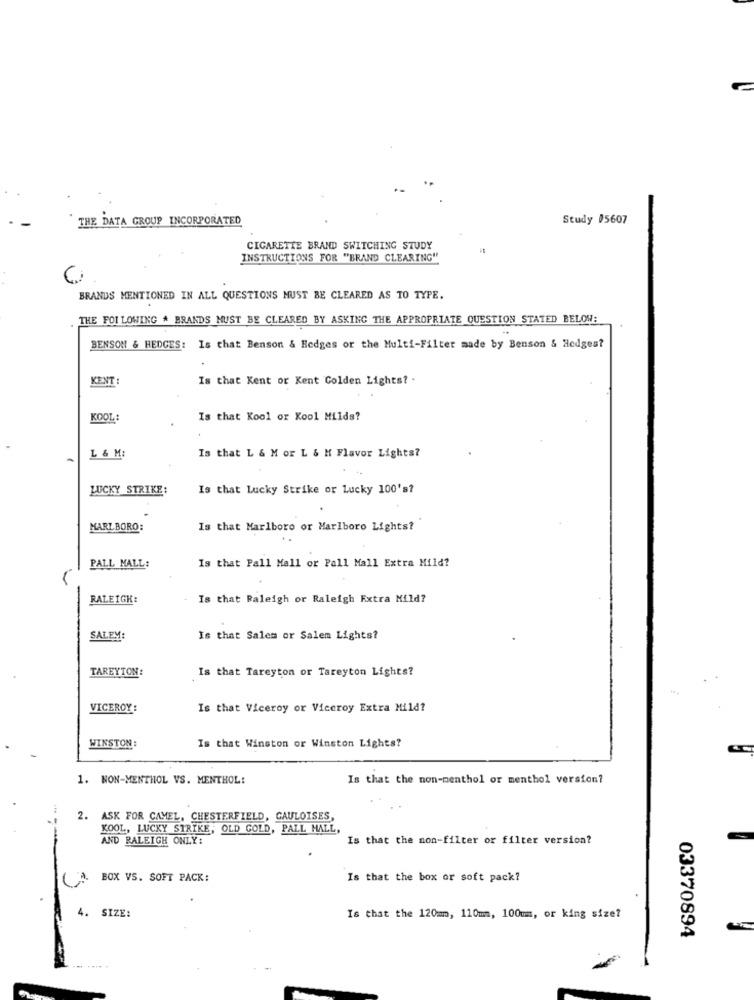
THE DATA GROUP INCORPORATED
Study #5607
CIGARETTE BRAND SWITCHING STUDY
INSTRUCTIONS FOR "BRAND CLEARING"
BRANDS MENTIONED IN ALL QUESTIONS MUST BE CLEARED AS TO TYPE.
THE FOLLOWING # BRANDS MUST BE CLEARED BY ASKING THE APPROPRIATE QUESTION STATED BELOW:
BENSON & HEDGES: Is that Benson & Hedges or the Multi-Filter made by Benson & Hedges?
KENT :
Is that Kent or Kent Golden Lights? .
KOOL:
Is that Kool or Kool Milds?
L & M:
Is that L & M or L & M Flavor Lights?
LUCKY STRIKE:
Is that Lucky Strike or Lucky 100's?
MARLBORO:
Is that Marlboro or Marlboro Lights?
Is that Pall Mall or Pall Mall Extra Mild?
PALL MALL:
RALEIGH:
Is that Raleigh or Raleigh Extra Mild?
SALEM:
Is that Salem or Salem Lights?
TAREYTON:
Is that Tareyton or Tareyton Lights?
VICEROY :
Is that Viceroy or Viceroy Extra Mild?
WINSTON :
Is that Winston or Winston Lights?
1. NON-MENTHOL VS. MENTHOL:
Is that the non-menthol or menthol version?
2. ASK FOR CAMEL, CHESTERFIELD, CAULOISES,
KOOL, LUCKY STRIKE, OLD GOLD, PALL MALL,
AND RALEIGH ONLY:
Is that the non-filter or filter version?
BOX VS. SOFT PACK:
Is that the box or soft pack?
4.
SIZE:
Is that the 120mm, 110mm, 100mm, or king size?
03370894